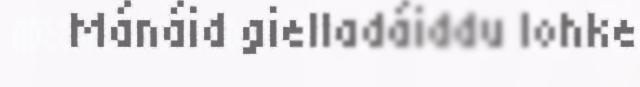
Mánáid gielladáiddu lohke